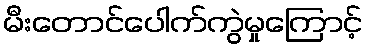
မီးတောင်ပေါက်ကွဲမှုကြောင့်